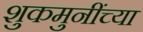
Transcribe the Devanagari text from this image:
शुकमुनींच्या